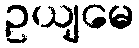
ဥယျမေ